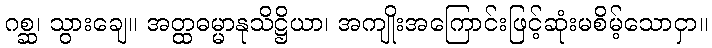
ဂစ္ဆ၊ သွားချေ။ အတ္ထဓမ္မာနုသိဋ္ဌိယာ၊ အကျိုးအကြောင်းဖြင့်ဆုံးမစိမ့်သောငှာ။